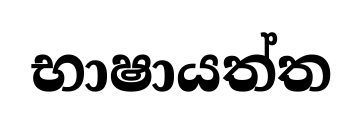
භාෂායත්ත